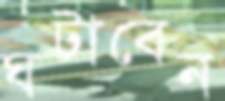
ঘটাবেন